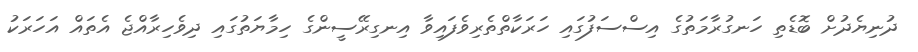
ދުނިޔެދުށް ބޮޑެތި ހަނގުރާމަތުގެ އިސްސަފުގައި ހަރަކާތްތެރިވެފައިވާ އިނގިރޭސީންގެ ހިމާޔަތުގައި ދިވެހިރާއްޖެ އެތައް އަހަރަކު